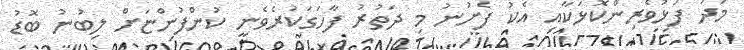
މަދު ފަޅުވެރިންކޮޅަކާއި އެކު ފެށުނު މި ދަތުރު ފާހަގަކުރެވެނީ ކުންފުންޏަށް ލިބުނު ބޮޑު